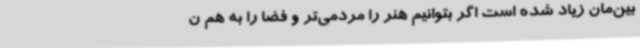
بین‌مان زیاد شده است اگر بتوانیم هنر را مردمی‌تر و فضا را به هم ن